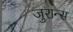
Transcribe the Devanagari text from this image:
जुरान्स